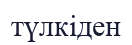
түлкіден